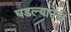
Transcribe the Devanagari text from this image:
घडल्यानेच